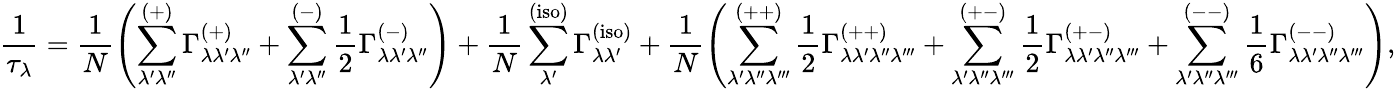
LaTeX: \frac{1}{\tau_{\lambda}}=\frac{1}{N}\left(\displaystyle\sum_{\lambda^{\prime}\lambda^{\prime\prime}}^{(+)}\Gamma_{\lambda\lambda^{\prime}\lambda^{\prime\prime}}^{(+)}+\displaystyle\sum_{\lambda^{\prime}\lambda^{\prime\prime}}^{(-)}\frac{1}{2}\Gamma_{\lambda\lambda^{\prime}\lambda^{\prime\prime}}^{(-)}\right)+\frac{1}{N}\displaystyle\sum_{\lambda^{\prime}}^{\mathrm{(iso)}}\Gamma_{\lambda\lambda^{\prime}}^{\mathrm{(iso)}}+\frac{1}{N}\left(\displaystyle\sum_{\lambda^{\prime}\lambda^{\prime\prime}\lambda^{\prime\prime\prime}}^{(++)}\frac{1}{2}\Gamma_{\lambda\lambda^{\prime}\lambda^{\prime\prime}\lambda^{\prime\prime\prime}}^{(++)}+\displaystyle\sum_{\lambda^{\prime}\lambda^{\prime\prime}\lambda^{\prime\prime\prime}}^{(+-)}\frac{1}{2}\Gamma_{\lambda\lambda^{\prime}\lambda^{\prime\prime}\lambda^{\prime\prime\prime}}^{(+-)}+\displaystyle\sum_{\lambda^{\prime}\lambda^{\prime\prime}\lambda^{\prime\prime\prime}}^{(--)}\frac{1}{6}\Gamma_{\lambda\lambda^{\prime}\lambda^{\prime\prime}\lambda^{\prime\prime\prime}}^{(--)}\right),